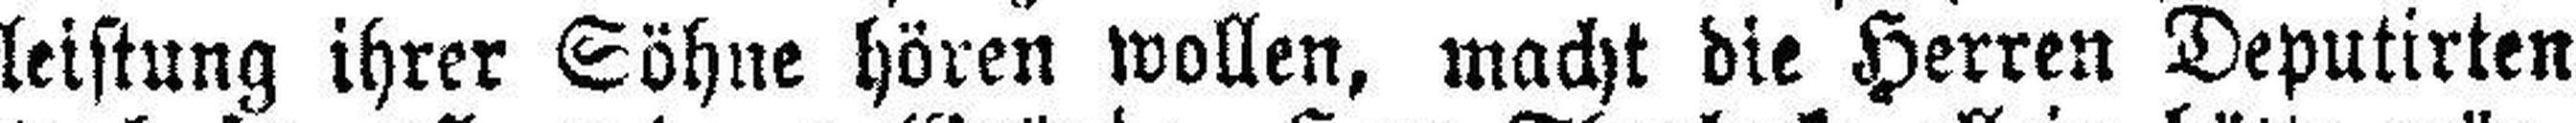
leistung ihrer Söhne hören wollen, macht die Herren Deputirten